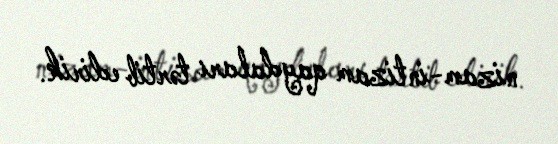
nizam-intizam qaydaları tərtib edirik.